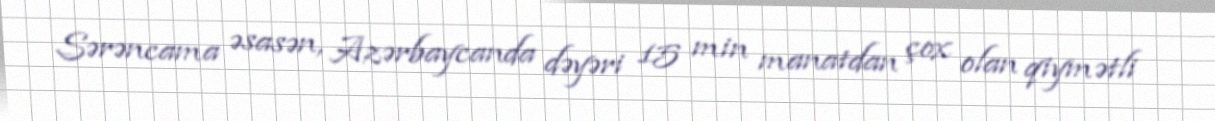
Sərəncama əsasən, Azərbaycanda dəyəri 15 min manatdan çox olan qiymətli